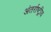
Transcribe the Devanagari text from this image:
अंतर्राष्ट्रीय